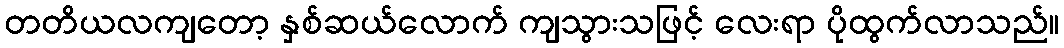
တတိယလကျတော့ နှစ်ဆယ်လောက် ကျသွားသဖြင့် လေးရာ ပိုထွက်လာသည်။